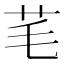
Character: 芼